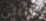
سبيلي